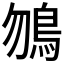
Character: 𩾲